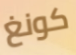
كونغ